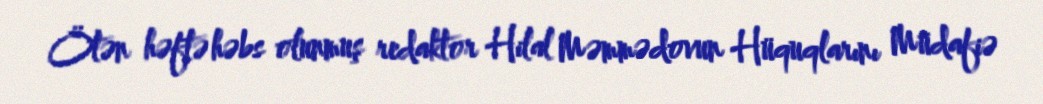
Ötən həftə həbs olunmuş redaktor Hilal Məmmədovun Hüquqlarını Müdafiə